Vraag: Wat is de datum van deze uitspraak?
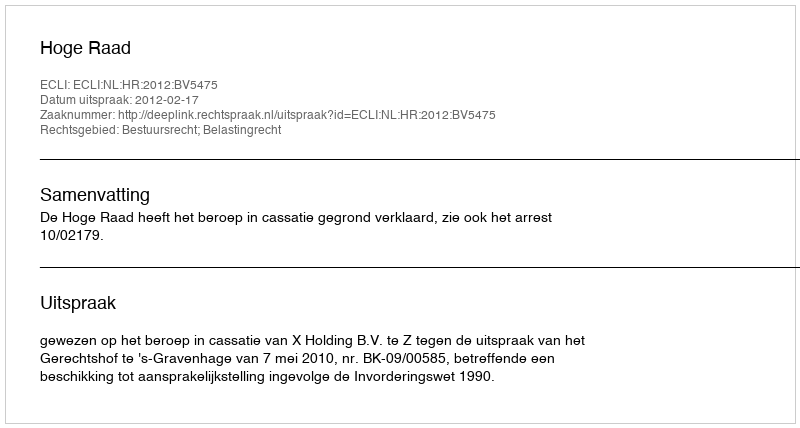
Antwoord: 2012-02-17